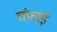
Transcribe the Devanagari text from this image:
चंफ़ाई